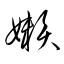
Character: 嬾